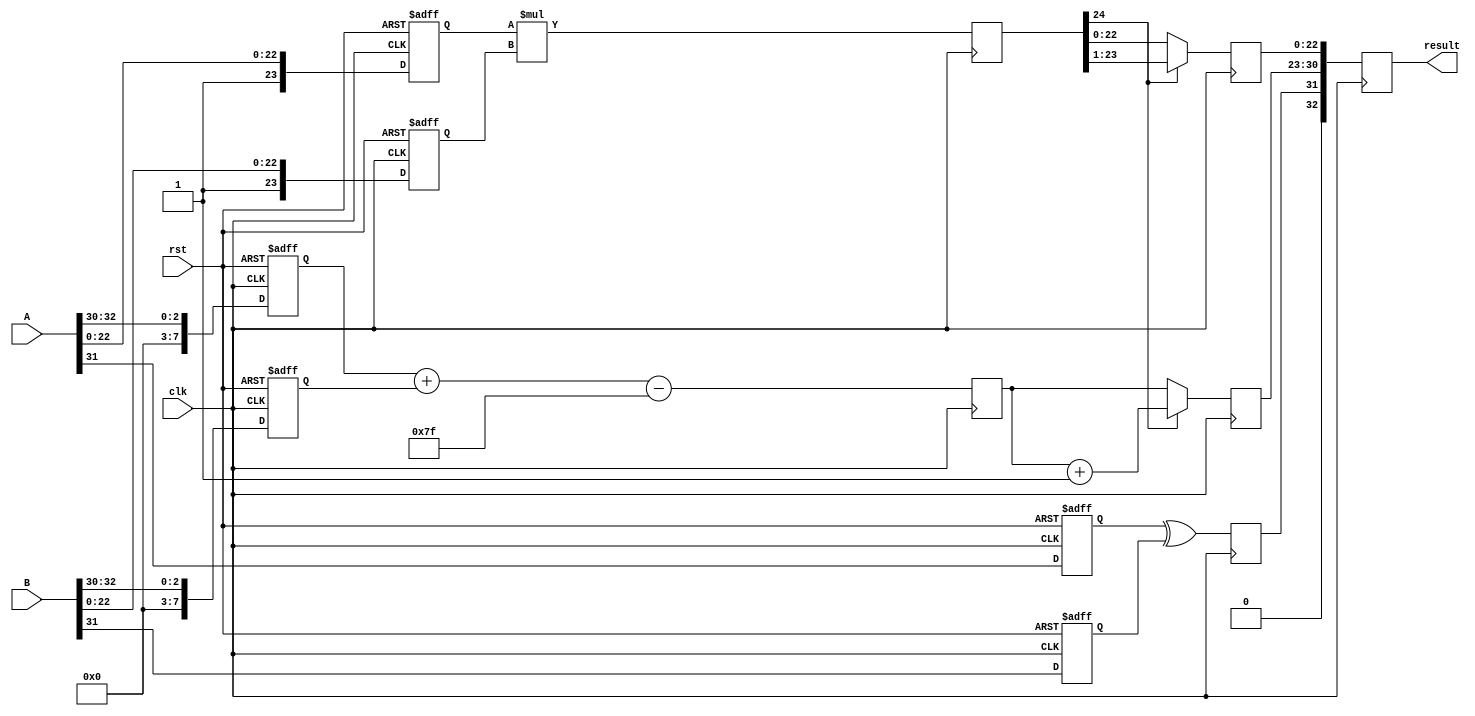
module fp_multiplier #(
    parameter E = 8,  // Number of exponent bits
    parameter F = 23, // Number of mantissa bits
    parameter BIAS = 127 // Bias for the exponent
)(
    input clk,
    input rst,
    input [E + F + 1:0] A, // Floating-point number A
    input [E + F + 1:0] B, // Floating-point number B
    output reg [E + F + 1:0] result // Result of A * B
);

    // Internal signals
    reg [E:0] exponent_A, exponent_B; // Exponents with bias
    reg [F:0] mantissa_A, mantissa_B; // Mantissas with implicit leading 1
    reg sign_A, sign_B; // Signs of A and B
    reg sign_result; // Sign of the result
    reg [E + F:0] mantissa_product; // Product of mantissas
    reg [E:0] exponent_result; // Result exponent
    reg [F:0] normalized_mantissa; // Normalized mantissa
    reg [E:0] temp_exponent; // Temporary exponent for normalization

    // Stage 1: Input Registration
    always @(posedge clk or posedge rst) begin
        if (rst) begin
            exponent_A <= 0;
            exponent_B <= 0;
            mantissa_A <= 0;
            mantissa_B <= 0;
            sign_A <= 0;
            sign_B <= 0;
        end else begin
            exponent_A <= A[E + F + 1:E + F - 1];
            mantissa_A <= {1'b1, A[F - 1:0]}; // Implicit leading 1
            sign_A <= A[E + F];
            exponent_B <= B[E + F + 1:E + F - 1];
            mantissa_B <= {1'b1, B[F - 1:0]}; // Implicit leading 1
            sign_B <= B[E + F];
        end
    end

    // Stage 2: Sign Calculation
    always @(posedge clk) begin
        sign_result <= sign_A ^ sign_B; // XOR for sign
    end

    // Stage 3: Exponent Calculation
    always @(posedge clk) begin
        temp_exponent <= (exponent_A + exponent_B - BIAS);
    end

    // Stage 4: Mantissa Multiplication
    always @(posedge clk) begin
        mantissa_product <= mantissa_A * mantissa_B; // Mantissa multiplication
    end

    // Stage 5: Result Normalization
    always @(posedge clk) begin
        if (mantissa_product[F + 1]) begin
            normalized_mantissa <= mantissa_product[F:1]; // Shift right
            exponent_result <= temp_exponent + 1; // Adjust exponent
        end else begin
            normalized_mantissa <= mantissa_product[F - 1:0]; // No shift
            exponent_result <= temp_exponent; // Keep exponent
        end
    end

    // Stage 6: Final Registration
    always @(posedge clk) begin
        result <= {sign_result, exponent_result[E - 1:0], normalized_mantissa[F - 1:0]};
    end

endmodule